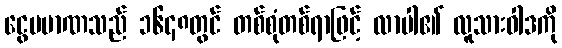
ငွေပမာဏသည် ၁၆၄၈တွင် တစ်စုံတစ်ရာဖြင့် လာပါ၏ လူသားဝါဒကို